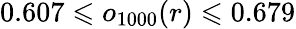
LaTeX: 0.607\leqslant o_{1000}(r)\leqslant 0.679